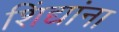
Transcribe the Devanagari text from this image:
शिंद्यांना